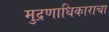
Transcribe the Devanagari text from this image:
मुद्रणाधिकाराचा